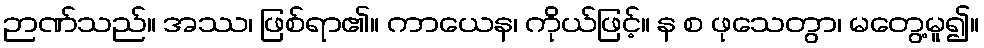
ဉာဏ်သည်။ အဿ၊ ဖြစ်ရာ၏။ ကာယေန၊ ကိုယ်ဖြင့်။ န စ ဖုသေတွာ၊ မတွေ့မူ၍။